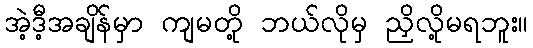
အဲ့ဒီ့အချိန်မှာ ကျမတို့ ဘယ်လိုမှ ညှိလို့မရဘူး။